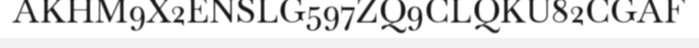
AKHM9X2ENSLG597ZQ9CLQKU82CGAF